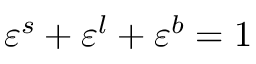
\begin{array} { r } { \varepsilon ^ { s } + \varepsilon ^ { l } + \varepsilon ^ { b } = 1 } \end{array}